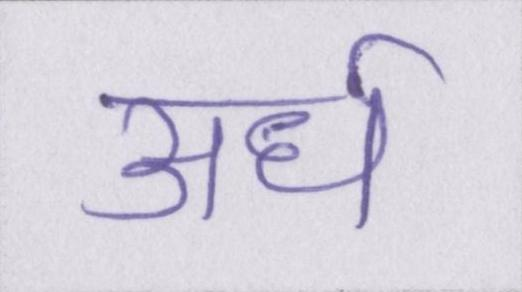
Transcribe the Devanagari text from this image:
अर्ध